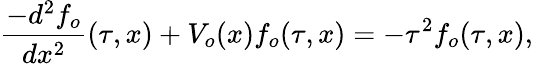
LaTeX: \frac{-d^{2}f_{o}}{dx^{2}}(\tau,x)+V_{o}(x)f_{o}(\tau,x)=-\tau^{2}f_{o}(\tau,x),